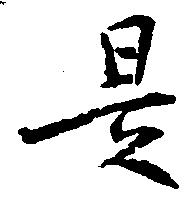
是